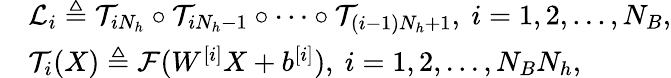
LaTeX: \begin{array}{rl}&{\mathcal{L}_{i}\triangleq\mathcal{T}_{iN_{h}}\circ\mathcal{T}_{iN_{h}-1}\circ\cdots\circ\mathcal{T}_{(i-1)N_{h}+1},\ i=1,2,...,N_{B},}\\ &{\mathcal{T}_{i}(X)\triangleq\mathcal{F}(W^{[i]}X+b^{[i]}),\ i=1,2,...,N_{B}N_{h},}\end{array}